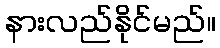
နားလည်နိုင်မည်။